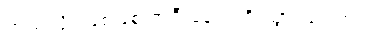
ဘယ်လိုပဲဖြစ်ဖြစ် အဲဒီ နေရာကို သွားသင့်တယ်။